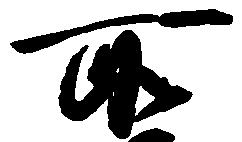
所